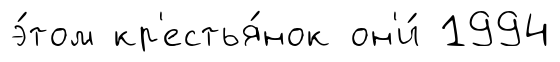
э́том кр'естья́нок он'и́ 1994